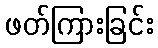
ဖတ်ကြားခြင်း